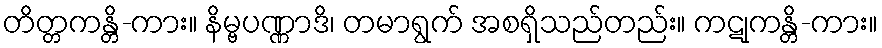
တိတ္တကန္တိ-ကား။ နိမ္ဗပဏ္ဏာဒိ၊ တမာရွက် အစရှိသည်တည်း။ ကဋုကန္တိ-ကား။